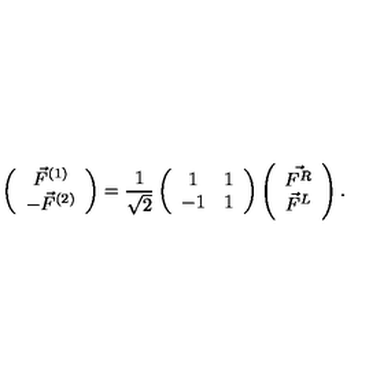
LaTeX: \left( \begin{array} { c } { \vec { F } ^ { ( 1 ) } } \\ { - \vec { F } ^ { ( 2 ) } } \\ \end{array} \right) = \frac { 1 } { \sqrt { 2 } } \left( \begin{array} { c c } { 1 } & { 1 } \\ { - 1 } & { 1 } \\ \end{array} \right) \left( \begin{array} { c } { \vec { F ^ { R } } } \\ { \vec { F } ^ { L } } \\ \end{array} \right) .